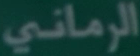
الرماني